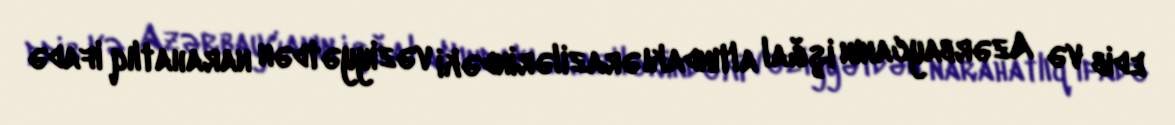
edib və Azərbaycanın işğal altındakı ərazilərindəki vəziyyətdən narahatlıq ifadə